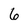
Character: 6